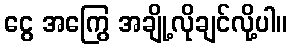
ငွေ အကြွေ အချို့လိုချင်လို့ပါ။